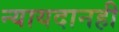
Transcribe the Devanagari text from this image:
न्यायदानही